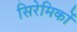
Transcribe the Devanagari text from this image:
सिरेमिकों